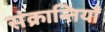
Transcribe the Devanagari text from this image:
संक्रान्तियाँ